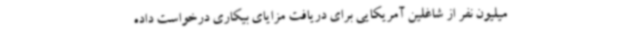
میلیون نفر از شاغلین آمریکایی برای دریافت مزایای بیکاری درخواست داده